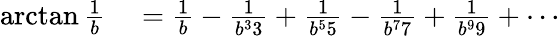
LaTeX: \begin{array}{rl}{\arctan{\frac{1}{b}}}&{{}={\frac{1}{b}}-{\frac{1}{b^{3}3}}+{\frac{1}{b^{5}5}}-{\frac{1}{b^{7}7}}+{\frac{1}{b^{9}9}}+\cdots}\end{array}